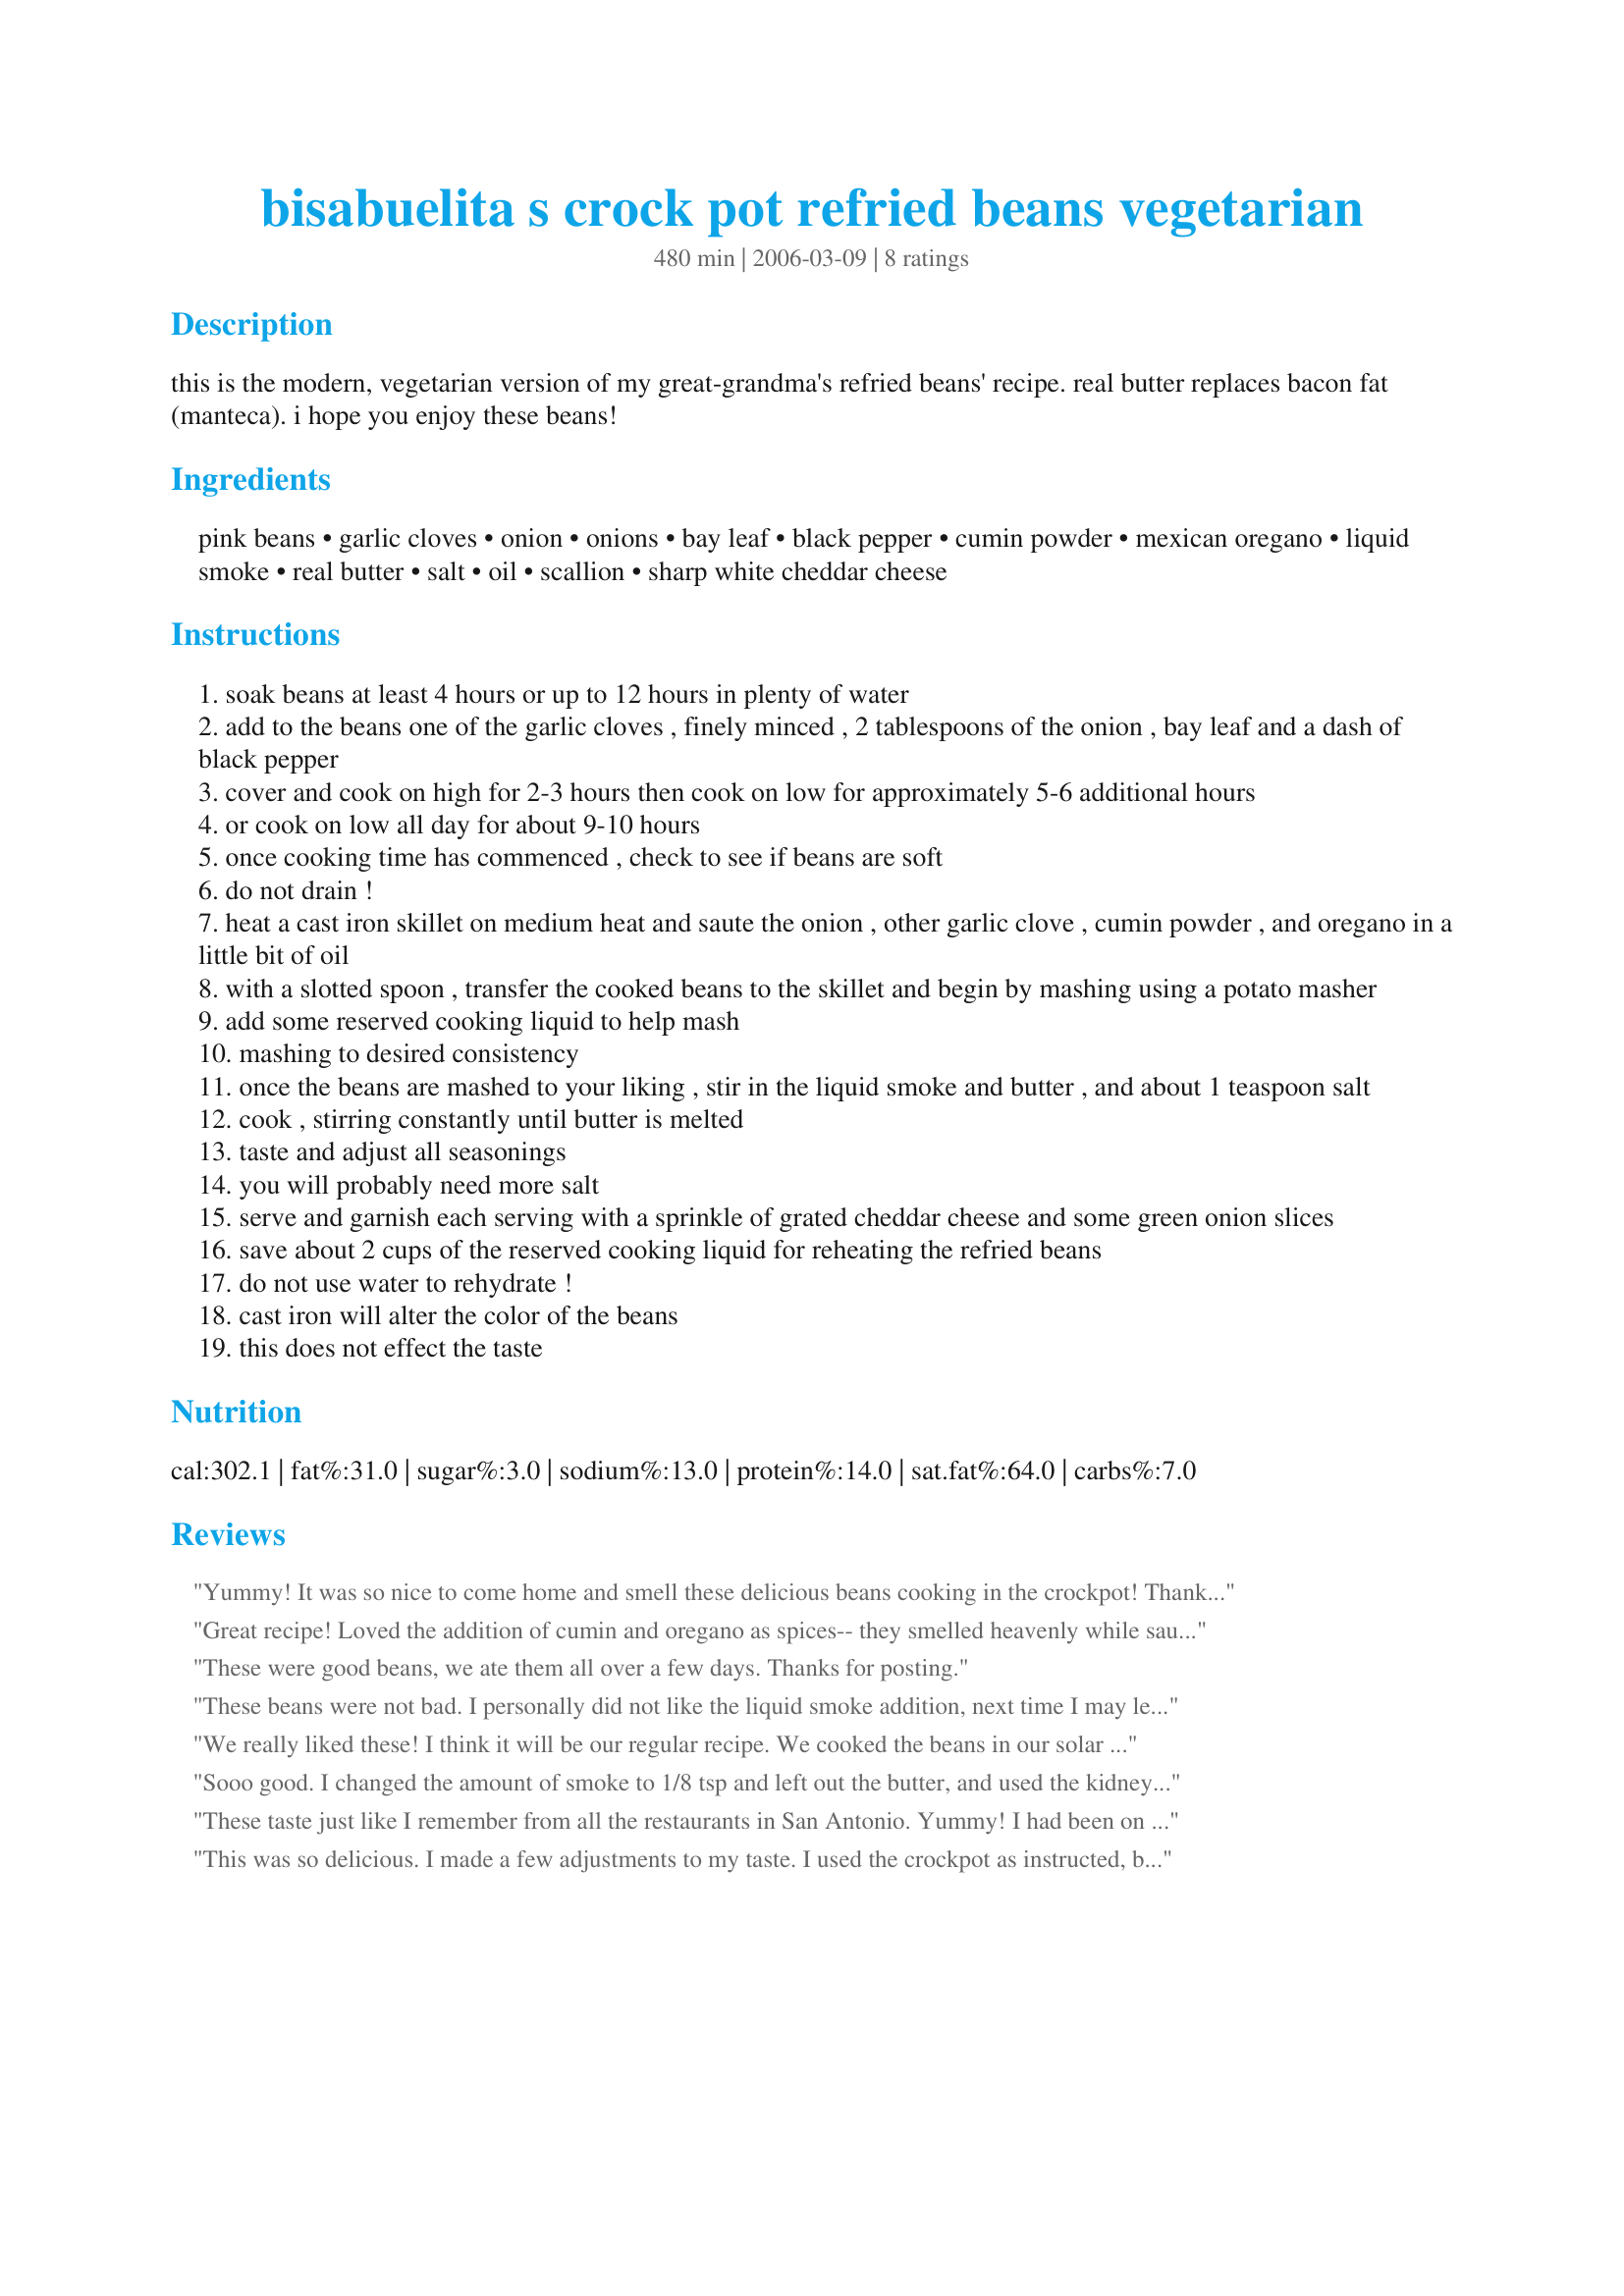
bisabuelita s crock pot refried beans vegetarian
Preparation time: 480 minutes

this is the modern, vegetarian version of my great-grandma's refried beans' recipe. real butter replaces bacon fat (manteca). i hope you enjoy these beans!

Ingredients:
pink beans, garlic cloves, onion, onions, bay leaf, black pepper, cumin powder, mexican oregano, liquid smoke, real butter, salt, oil, scallion, sharp white cheddar cheese

Steps:
soak beans at least 4 hours or up to 12 hours in plenty of water
add to the beans one of the garlic cloves , finely minced , 2 tablespoons of the onion , bay leaf and a dash of black pepper
cover and cook on high for 2-3 hours then cook on low for approximately 5-6 additional hours
or cook on low all day for about 9-10 hours
once cooking time has commenced , check to see if beans are soft
do not drain !
heat a cast iron skillet on medium heat and saute the onion , other garlic clove , cumin powder , and oregano in a little bit of oil
with a slotted spoon , transfer the cooked beans to the skillet and begin by mashing using a potato masher
add some reserved cooking liquid to help mash
mashing to desired consistency
once the beans are mashed to your liking , stir in the liquid smoke and butter , and about 1 teaspoon salt
cook , stirring constantly until butter is melted
taste and adjust all seasonings
you will probably need more salt
serve and garnish each serving with a sprinkle of grated cheddar cheese and some green onion slices
save about 2 cups of the reserved cooking liquid for reheating the refried beans
do not use water to rehydrate !
cast iron will alter the color of the beans
this does not effect the taste

Reviews:
Yummy! It was so nice to come home and smell these delicious beans cooking in the crockpot! Thanks Cookgirl! Made for the Cool Beans event in the Photo forum.
Great recipe! Loved the addition of cumin and oregano as spices-- they smelled heavenly while sauteeing with the onion. Also enjoyed the authentic taste the liquid smoke added to the beans. I think it was the perfect amount, any more could have been slightly overpowering. To avoid the usual mess that accompanies mashing by hand, I simply used a measuring cup to transfer beans to the blender where I pureed about 2/3's, then dumped them back into the crockpot. Muy delicioso, gracias Bisabuelita y Cookgirl! :)
These were good beans, we ate them all over a few days. Thanks for posting.
These beans were not bad. I personally did not like the liquid smoke addition, next time I may leave it out entirely. They tasted more like barbequed beans to me. I would also add more garlic next time and use powdered Mexican oregano instead of regular oregano. I didn't find that these had the classic Mexican refried beans taste I was looking for, but maybe if it's tweaked then it can be achieved.
We really liked these! I think it will be our regular recipe. We cooked the beans in our solar oven. I used more onion (two whole onions) and more garlic (five cloves total.) I pureed about 2/3 of the beans, and that made for a great texture. We left out the liquid smoke. Thanks!
Sooo good. I changed the amount of smoke to 1/8 tsp and left out the butter, and used the kidney beans that I had on hand, and my hubbie, baby and I all loved them.

From all the other postings, it seems that this recipe is quite versatile, and being vegetarian, I'm so happy that you posted this recipe, as I've been searching for one that didn't have all exotic ingredients. I froze it in 4 parts, and they defrost really well too!
These taste just like I remember from all the restaurants in San Antonio. Yummy! I had been on a refried bean strike because the canned stuff was terrible- now I can keep a big container in the fridge all the time ! Thanks!!
This was so delicious. I made a few adjustments to my taste. I used the crockpot as instructed, but I used 1/2 c. onion, 2 bay leaves, 3 garlic cloves & 2 chicken bouillon cubes. ( I know that's not veggie.) I followed the rest of the recipe as is. These were the most delicious beans I've had without bacon, sausage or ham in them. I'm hooked on them! Thank you for a healthier bean recipe!
